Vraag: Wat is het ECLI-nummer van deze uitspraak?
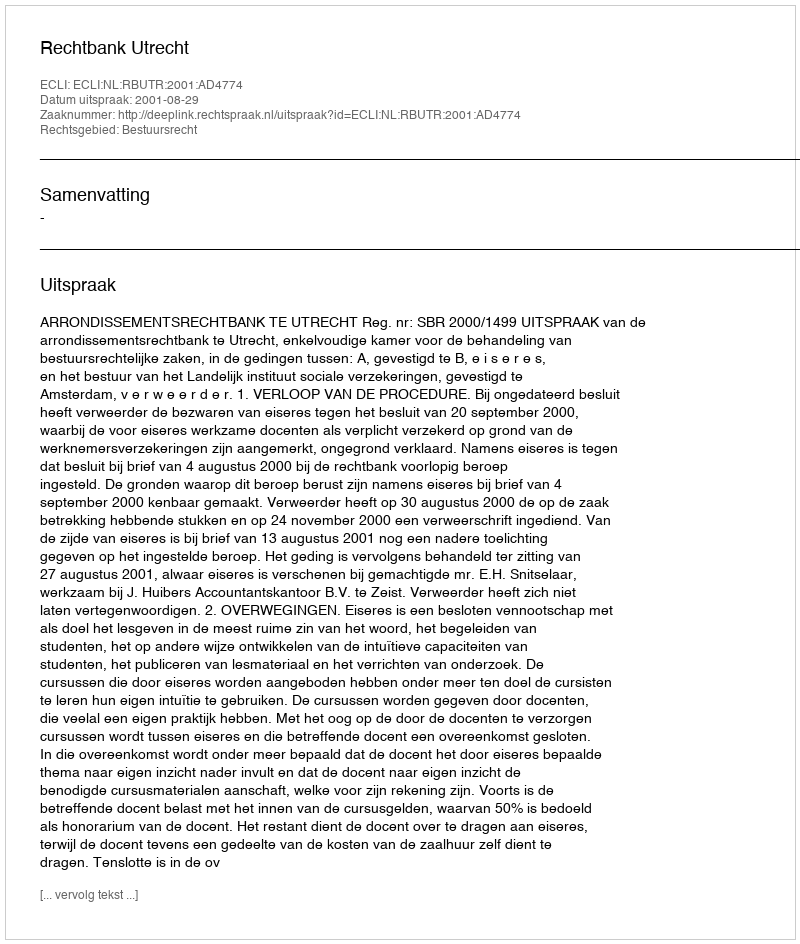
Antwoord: ECLI:NL:RBUTR:2001:AD4774